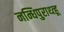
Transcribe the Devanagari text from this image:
नन्धिपुराथ्त्हू